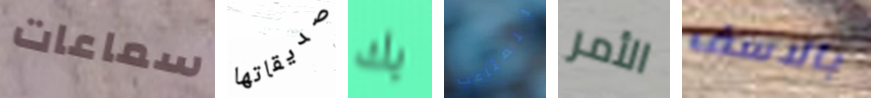
سماعات صديقاتها بك للمتاعب الأمر بالاسف